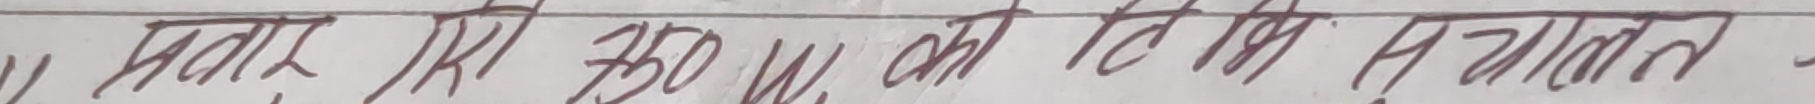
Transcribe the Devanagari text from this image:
अतार मेरा 250 W का रेटिंग है ज्ञात करो